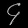
Digit: ၄